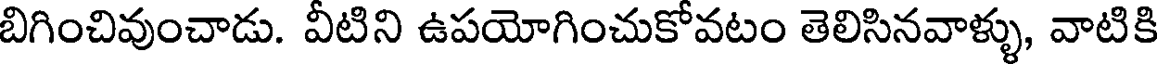
బిగించివుంచాడు. వీటిని ఉపయోగించుకోవటం తెలిసినవాళ్ళు, వాటికి